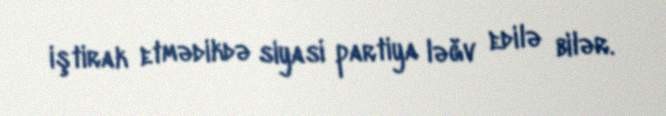
iştirak etmədikdə siyasi partiya ləğv edilə bilər.